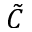
\tilde { C }